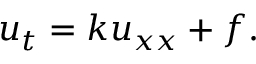
u _ { t } = k u _ { x x } + f .